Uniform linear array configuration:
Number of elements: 12
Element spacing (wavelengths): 0.5
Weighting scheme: uniform
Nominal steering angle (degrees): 15
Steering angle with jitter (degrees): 15.476
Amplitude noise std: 0.05
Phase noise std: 0.05

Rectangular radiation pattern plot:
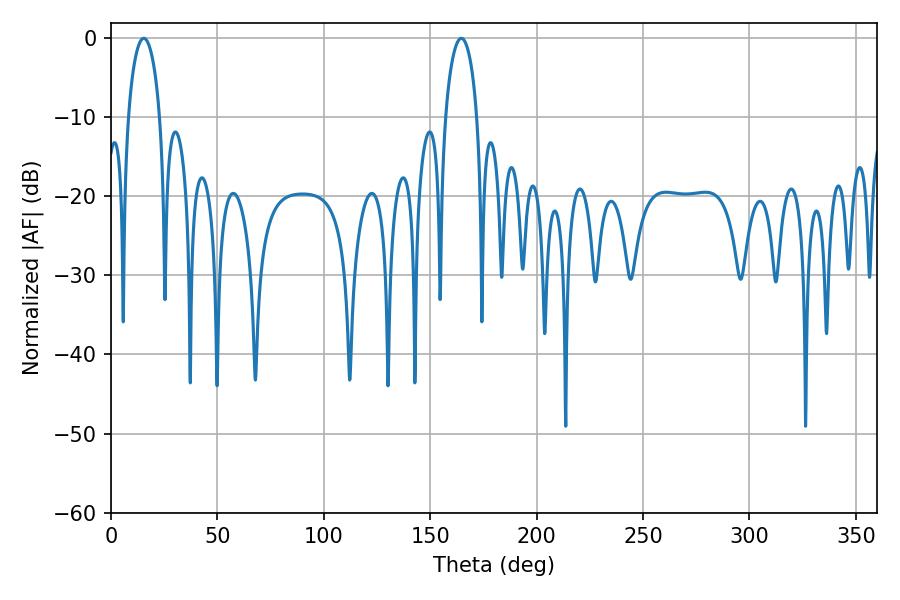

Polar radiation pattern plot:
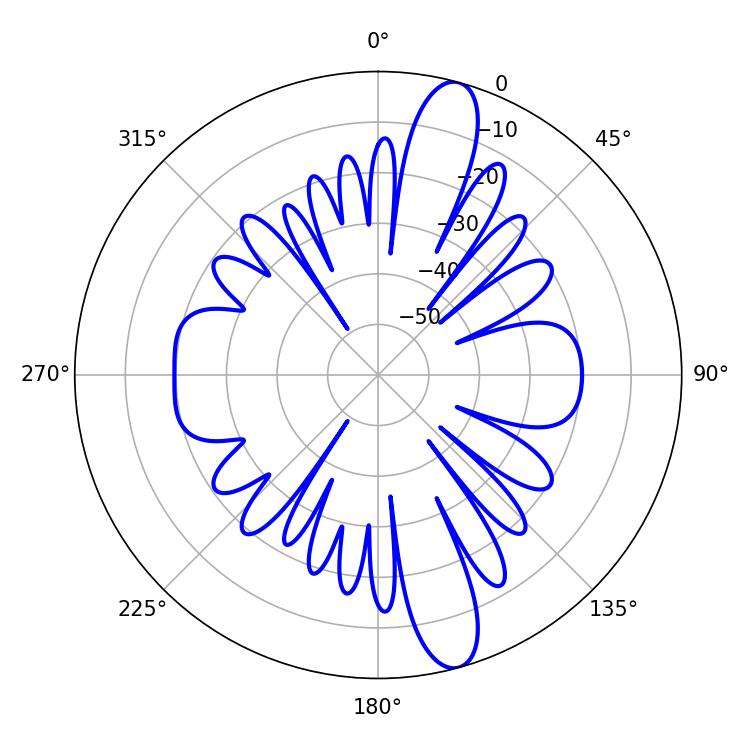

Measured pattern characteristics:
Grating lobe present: FALSE
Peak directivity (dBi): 13.642
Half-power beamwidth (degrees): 8.46
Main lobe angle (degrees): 15.48